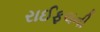
રાઈફલની